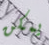
يمكن